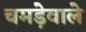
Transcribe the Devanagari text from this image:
चमड़ेवाले